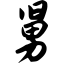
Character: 舅